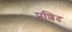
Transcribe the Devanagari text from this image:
प्रशिद